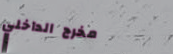
مخرج الداخلي